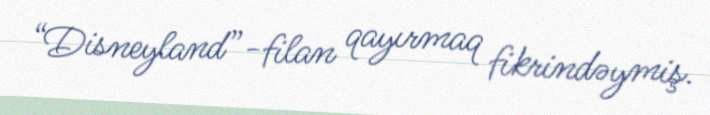
“Disneyland”-filan qayırmaq fikrindəymiş.